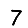
Digit: 7